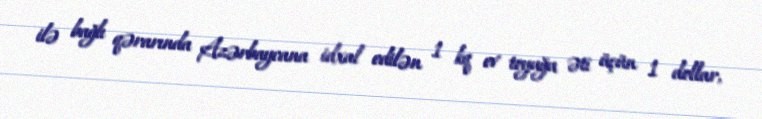
ilə bağlı qərarında Azərbaycana idxal edilən 1 kq ev toyuğu əti üçün 1 dollar,